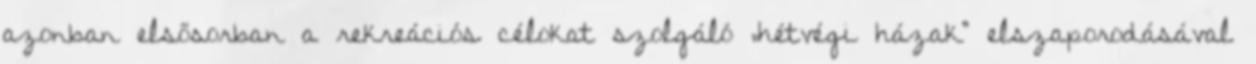
azonban elsősorban a rekreációs célokat szolgáló „hétvégi házak” elszaporodásával